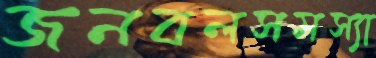
জনবলসমস্যা